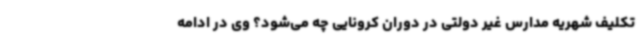
تکلیف شهریه مدارس غیر دولتی در دوران کرونایی چه می‌شود؟ وی در ادامه